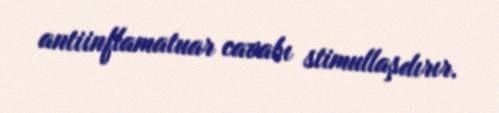
antiinflamatuar cavabı stimullaşdırır.